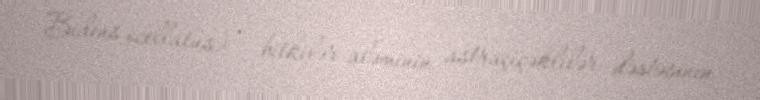
Bidens ocellatus) — bitkilər aləminin astraçiçəklilər dəstəsinin